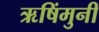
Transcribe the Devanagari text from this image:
ऋषिंमुनी